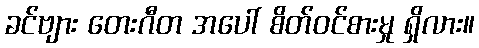
ခင်ဗျား တေးဂီတ အပေါ် စိတ်ဝင်စားမှု ရှိလား။